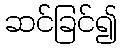
ဆင်ခြင်၍